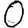
Digit: 0